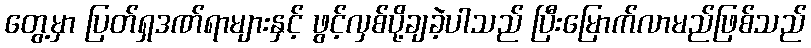
တွေ့မှာ ပြတ်ရှဒဏ်ရာများနှင့် ဖွင့်လှစ်ပို့ချခဲ့ပါသည် ပြီးမြောက်လာမည်ဖြစ်သည်